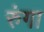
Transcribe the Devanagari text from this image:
रुंगा